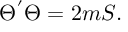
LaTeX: \Theta ^ { ' } \Theta = 2 m { \cal { S } } .